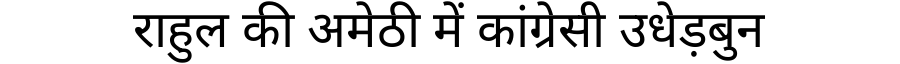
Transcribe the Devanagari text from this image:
राहुल की अमेठी में कांग्रेसी उधेड़बुन